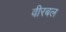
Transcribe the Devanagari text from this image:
वीरबल